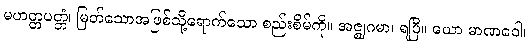
မဟတ္တပတ္တံ၊ မြတ်သောအဖြစ်သို့ရောက်သော စည်းစိမ်ကို။ အဇ္ဈဂမာ၊ ရပြီ။ ယော မာဏဝေါ၊